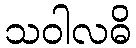
သဝါလဓိ